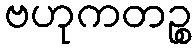
ဗဟုကတဉ္စ